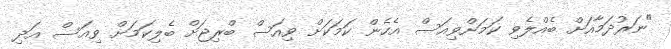
"ނަރުދަމާއަށް ބެއްލެވި ކަމަށްވިއަސް އެހެން ކަމަކަށް ވިއަސް ބްރިޖަށް ބެލިކަމަށް ވިއަސް އަދި